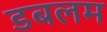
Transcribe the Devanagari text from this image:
डबलम